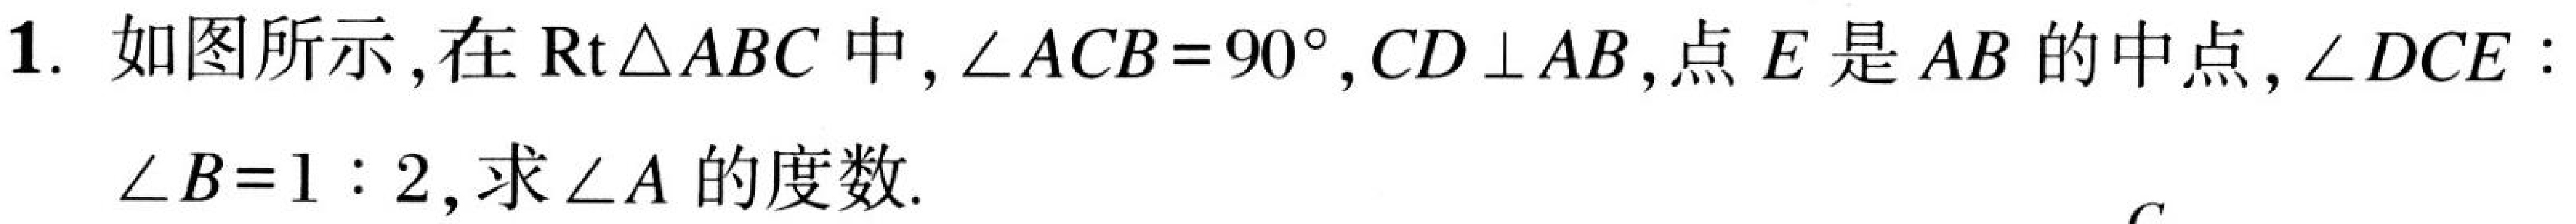
1. 如图所示，在\(\text{Rt}\triangle ABC\)中，\(\angle ACB = 90^{\circ}\)，\(CD\perp AB\)，点\(E\)是\(AB\)的中点，\(\angle DCE:\)
\(\angle B = 1:2\)，求\(\angle A\)的度数.